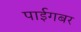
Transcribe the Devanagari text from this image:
पाईगबर